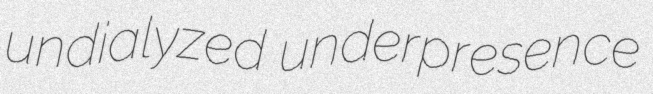
undialyzed underpresence